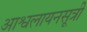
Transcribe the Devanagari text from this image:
आश्वलायनसूत्री